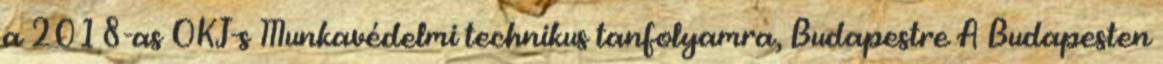
a 2018-as OKJ-s Munkavédelmi technikus tanfolyamra, Budapestre A Budapesten